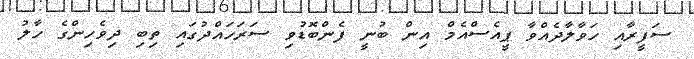
ސަފީރާއި ހަވާލާދެއްވާ ޕީއެސްއެމް އިން ބުނީ ފެންބޮޑުވި ސަރަހައްދުގައި ތިބި ދިވެހިންގެ ހާލު